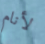
لأنام